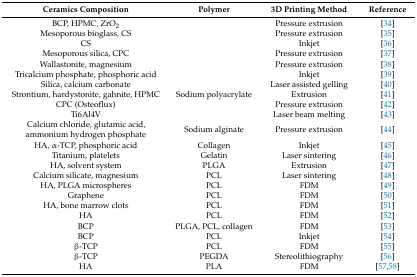
<table><thead><tr><td><b>Ceramics Composition</b></td><td><b>Polymer</b></td><td><b>3D Printing Method</b></td><td><b>Reference</b></td></tr></thead><tbody><tr><td>BCP, HPMC, ZrO<sub>2</sub></td><td></td><td>Pressure extrusion</td><td>[34]</td></tr><tr><td>Mesoporous bioglass, CS</td><td></td><td>Pressure extrusion</td><td>[35]</td></tr><tr><td>CS</td><td></td><td>Inkjet</td><td>[36]</td></tr><tr><td>Mesoporous silica, CPC</td><td></td><td>Pressure extrusion</td><td>[37]</td></tr><tr><td>Wallastonite, magnesium</td><td></td><td>Pressure extrusion</td><td>[38]</td></tr><tr><td>Tricalcium phosphate, phosphoric acid</td><td></td><td>Inkjet</td><td>[39]</td></tr><tr><td>Silica, calcium carbonate</td><td></td><td>Laser assisted gelling</td><td>[40]</td></tr><tr><td>Strontium, hardystonite, gahnite, HPMC</td><td>Sodium polyacrylate</td><td>Extrusion</td><td>[41]</td></tr><tr><td>CPC (Osteoflux)</td><td></td><td>Pressure extrusion</td><td>[42]</td></tr><tr><td>Ti6Al4V</td><td></td><td>Laser beam melting</td><td>[43]</td></tr><tr><td>Calcium chloride, glutamic acid, ammonium hydrogen phosphate</td><td>Sodium alginate</td><td>Pressure extrusion</td><td>[44]</td></tr><tr><td>HA, α-TCP, phosphoric acid</td><td>Collagen</td><td>Inkjet</td><td>[45]</td></tr><tr><td>Titanium, platelets</td><td>Gelatin</td><td>Laser sintering</td><td>[46]</td></tr><tr><td>HA, solvent system</td><td>PLGA</td><td>Extrusion</td><td>[47]</td></tr><tr><td>Calcium silicate, magnesium</td><td>PCL</td><td>Laser sintering</td><td>[48]</td></tr><tr><td>HA, PLGA microspheres</td><td>PCL</td><td>FDM</td><td>[49]</td></tr><tr><td>Graphene</td><td>PCL</td><td>FDM</td><td>[50]</td></tr><tr><td>HA, bone marrow clots</td><td>PCL</td><td>FDM</td><td>[51]</td></tr><tr><td>HA</td><td>PCL</td><td>FDM</td><td>[52]</td></tr><tr><td>BCP</td><td>PLGA, PCL, collagen</td><td>FDM</td><td>[53]</td></tr><tr><td>BCP</td><td>PCL</td><td>Inkjet</td><td>[54]</td></tr><tr><td>β-TCP</td><td>PCL</td><td>FDM</td><td>[55]</td></tr><tr><td>β-TCP</td><td>PEGDA</td><td>Stereolithiography</td><td>[56]</td></tr><tr><td>HA</td><td>PLA</td><td>FDM</td><td>[57,58]</td></tr></tbody></table>